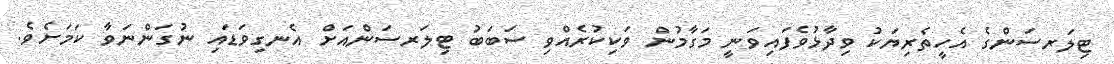
ޓިލަރސަންގެ އެހީތެރިޔަކު ވިދާޅުވެފައިވަނީ މަގާމުން ވަކިކުރެއްވި ސަބަބު ޓިލަރސަންއަށް އެނގިވަޑައި ނުގަންނަވާ ކަމަށެވެ.